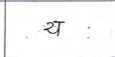
मजकूर: य